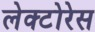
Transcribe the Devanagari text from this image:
लेक्टोरेस